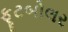
ફૂટબોલર